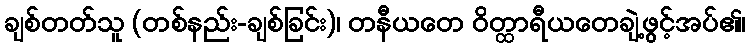
ချစ်တတ်သူ (တစ်နည်း-ချစ်ခြင်း)၊ တနီယတေ ဝိတ္ထာရီယတေချဲ့ဖွင့်အပ်၏၊